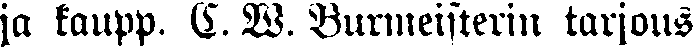
ja kaupp. C. W. Burmeisterin tarjous